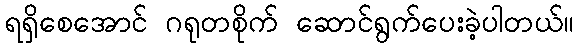
ရရှိစေအောင် ဂရုတစိုက် ဆောင်ရွက်ပေးခဲ့ပါတယ်။